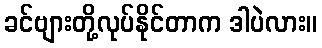
ခင်ဗျားတို့လုပ်နိုင်တာက ဒါပဲလား။